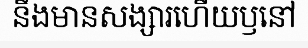
នឹងមានសង្សារហើយឫនៅ